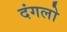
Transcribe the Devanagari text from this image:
दंगलो